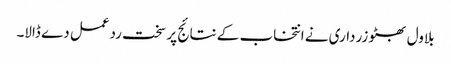
بلاول بھٹو زرداری نے انتخاب کے نتائج پر سخت ردعمل دے ڈالا۔